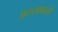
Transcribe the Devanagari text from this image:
अलखबानी